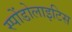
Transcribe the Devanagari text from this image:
स्पोंडोलाइटिस